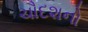
ચૌદશનો